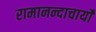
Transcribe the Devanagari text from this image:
रामानन्दाचार्यों